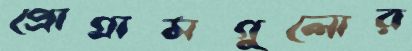
প্রোগ্রামগুলোর